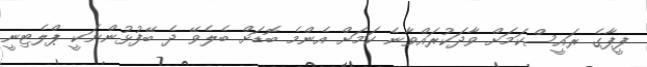
ފީފާގެ ރައީސްކަމަށް ވާދަކުރައްވާނެ ކަމަށް އެންމެ ބޮޑަށް ބެލެވޭ ދެ ބޭފުޅުންނަކީ ޕްލެޓިނީ